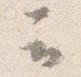
云